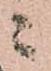
ニ